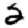
Digit: 2